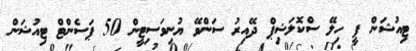
ޓިއުޝަން ފީ ހިލޭ ސްކޮލަޝިޕް ދޭއިރު ސަންވޭ ޔުނިވަސިޓީން 50 ޕަސެންޓް ޓިއުޝަން